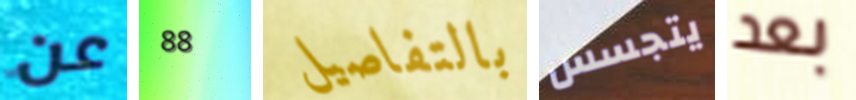
عن 88 بالتفاصيل يتجسس بعد